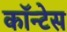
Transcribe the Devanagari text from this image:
कॉन्टेस